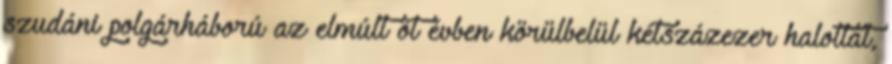
szudáni polgárháború az elmúlt öt évben körülbelül kétszázezer halottat,